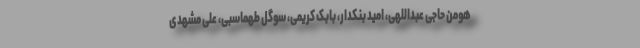
هومن حاجی عبداللهی، امید بنکدار، بابک کریمی، سوگل طهماسبی، علی مشهدی